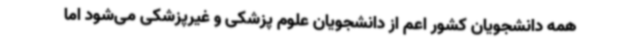
همه دانشجویان کشور اعم از دانشجویان علوم پزشکی و غیرپزشکی می‌شود اما